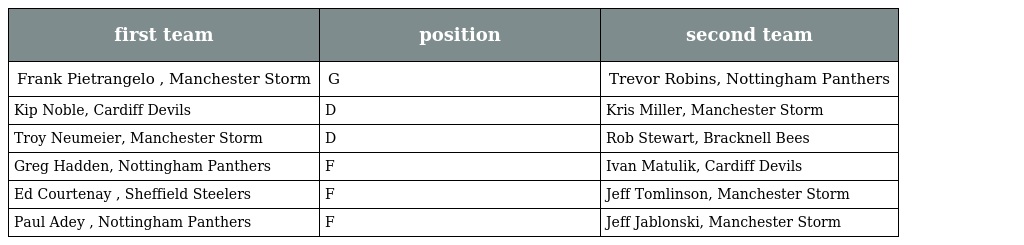
| first team | position | second team |
 | --- | --- | --- |
 | Frank Pietrangelo , Manchester Storm | G | Trevor Robins, Nottingham Panthers |
 | Kip Noble, Cardiff Devils | D | Kris Miller, Manchester Storm |
 | Troy Neumeier, Manchester Storm | D | Rob Stewart, Bracknell Bees |
 | Greg Hadden, Nottingham Panthers | F | Ivan Matulik, Cardiff Devils |
 | Ed Courtenay , Sheffield Steelers | F | Jeff Tomlinson, Manchester Storm |
 | Paul Adey , Nottingham Panthers | F | Jeff Jablonski, Manchester Storm |